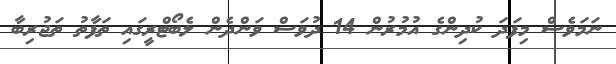
ނަމަވެސް މިފަދަ ކުދިންގެ އުމުރުން 14 ދުވަސް ވަންދެން ލެބޯޓްރީގައި ތަފާތު ތަޖުރިބާ